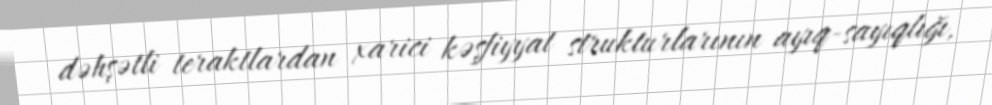
dəhşətli teraktlardan xarici kəşfiyyat strukturlarının ayıq-sayıqlığı,